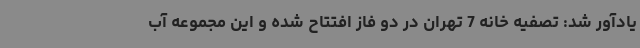
یادآور شد: تصفیه خانه 7 تهران در دو فاز افتتاح شده و این مجموعه آب